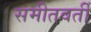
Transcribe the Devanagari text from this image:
समीतवर्ती